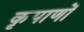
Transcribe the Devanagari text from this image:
कृपाणों